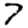
Digit: 7